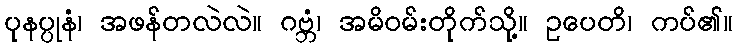
ပုနပ္ပုနံ၊ အဖန်တလဲလဲ။ ဂဗ္ဘံ၊ အမိဝမ်းတိုက်သို့။ ဥပေတိ၊ ကပ်၏။